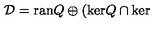
\mathcal { D } = \mathrm { r a n } Q \oplus ( \mathrm { k e r } Q \cap \mathrm { k e r }